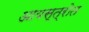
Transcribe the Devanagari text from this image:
आयस्त्रोत